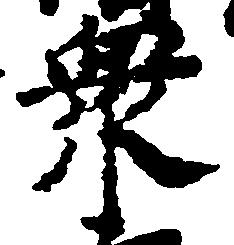
衆